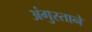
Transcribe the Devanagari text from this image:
अंगुस्ताने